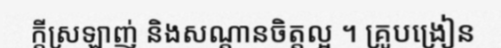
ក្តីស្រឡាញ់ និងសណ្តានចិត្តល្អ ។ គ្រូបង្រៀន